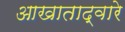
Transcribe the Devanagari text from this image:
आखाताद्वारे